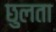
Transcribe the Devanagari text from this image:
छुलता